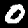
Label: 0